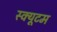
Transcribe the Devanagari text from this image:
स्क्यूटम